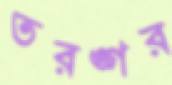
তরঙ্গর